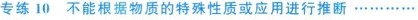
专练10 不能根据物质的特殊性质或应用进行推断…………